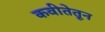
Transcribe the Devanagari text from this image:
कवीतेतून